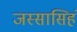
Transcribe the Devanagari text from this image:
जस्सासिहं